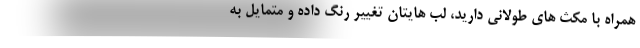
همراه با مکث های طولانی دارید، لب هایتان تغییر رنگ داده و متمایل به